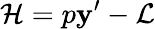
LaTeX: {\cal{H}}=p\mathbf{y}^{\prime}-{\cal{L}}